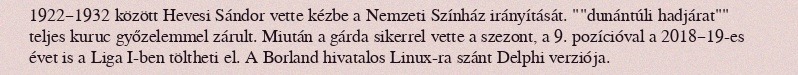
1922–1932 között Hevesi Sándor vette kézbe a Nemzeti Színház irányítását. ""dunántúli hadjárat"" teljes kuruc győzelemmel zárult. Miután a gárda sikerrel vette a szezont, a 9. pozícióval a 2018–19-es évet is a Liga I-ben töltheti el. A Borland hivatalos Linux-ra szánt Delphi verziója.